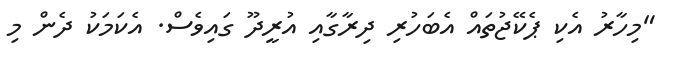
"މިހާރު އެކި ޕެކޭޖުތައް އެބަހުރި ދިރާގާއި އުރީދޫ ގައިވެސް. އެކަމަކު ދެން މި